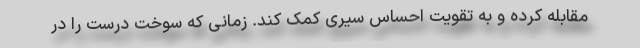
مقابله کرده و به تقویت احساس سیری کمک کند. زمانی که سوخت درست را در